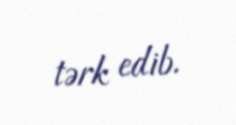
tərk edib.